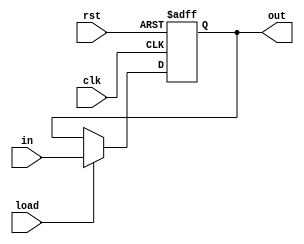
module ProgramCounter (
    input [31:0] in, input clk, input rst, input load,
    output reg [31:0] out

);
    always @(posedge clk, posedge rst) begin
        if (rst) out <= 0;
        else if (load) out <= in;
    end
endmodule